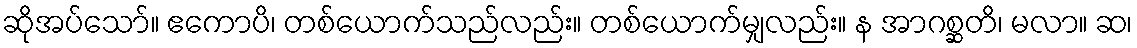
ဆိုအပ်သော်။ ဧကောပိ၊ တစ်ယောက်သည်လည်း။ တစ်ယောက်မျှလည်း။ န အာဂစ္ဆတိ၊ မလာ။ ဆ၊